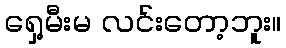
ရှေ့မီးမ လင်းတော့ဘူး။